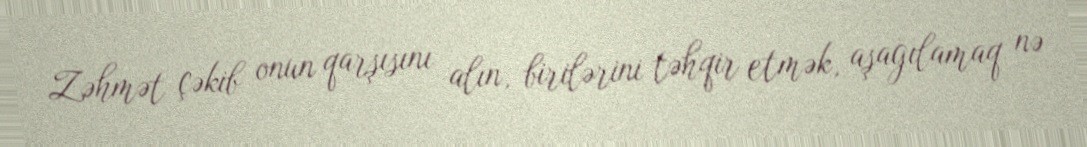
Zəhmət çəkib onun qarşısını alın, birilərini təhqir etmək, aşağılamaq nə